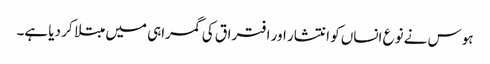
ہوس نے نوع انساں کو انتشار اور افتراق کی گمراہی میں مبتلا کر دیا ہے۔